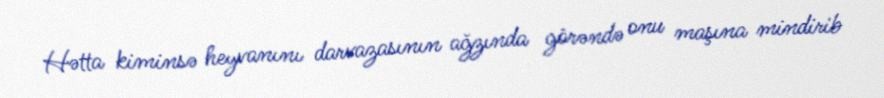
Hətta kiminsə heyvanını darvazasının ağzında görəndə onu maşına mindirib